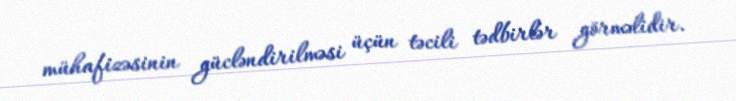
mühafizəsinin gücləndirilməsi üçün təcili tədbirlər görməlidir.